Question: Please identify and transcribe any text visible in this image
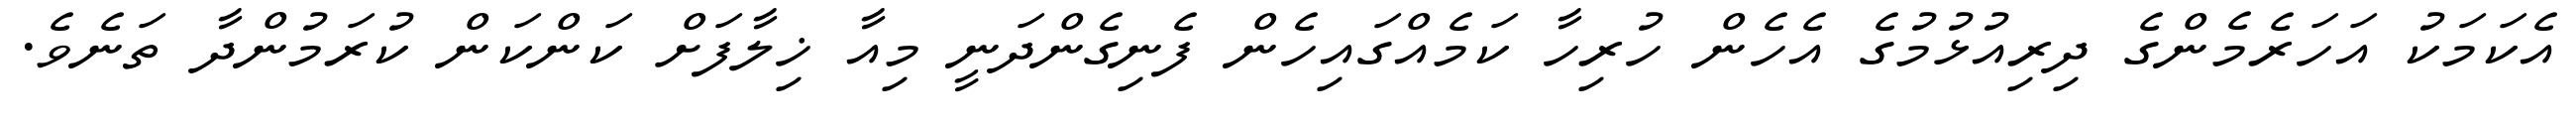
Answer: އެކަމަކު އަހަރެމެންގެ ދިރިއުޅުމުގެ އެހެން ހުރިހާ ކަމެއްގައިހެން ފެނިގެންދަނީ މިއާ ޚިލާފަށް ކަންކަން ކުރަމުންދާ ތަނެވެ.